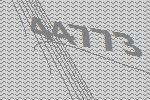
44773